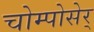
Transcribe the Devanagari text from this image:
चोम्पोसेर्